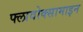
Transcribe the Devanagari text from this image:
फ्लावोक्सामाइन